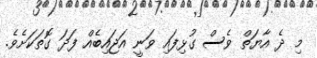
މި ދެ އާޔަތް ވެސް ގުޅިފައި ވަނީ އަޖައިބެއް ފަދަ ގޮތަކަށެވެ.